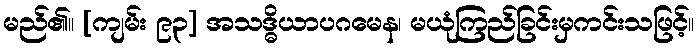
မည်၏။ [ကျမ်း ၉၃] အသဒ္ဓိယာပဂမေန၊ မယုံကြည်ခြင်းမှကင်းသဖြင့်။